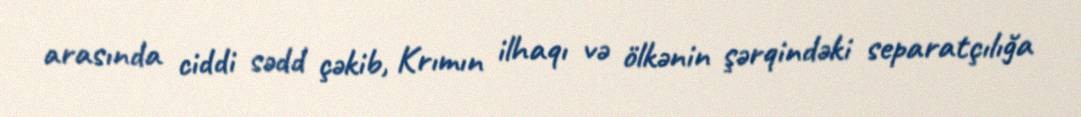
arasında ciddi sədd çəkib, Krımın ilhaqı və ölkənin şərqindəki separatçılığa